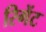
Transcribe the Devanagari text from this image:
रिगेंट